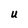
Character: U